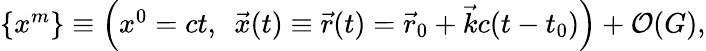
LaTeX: \begin{array}{r}{\{ x^{m}\} \equiv\Big(x^{0}=ct,~~{\vec{x}}(t)\equiv{\vec{r}}(t)={\vec{r}}_{\mathrm{0}}+{\vec{k}}c(t-t_{0})\Big)+{\cal O}(G),}\end{array}